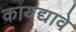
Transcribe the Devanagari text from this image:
कायद्यावे